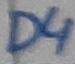
Text: D4